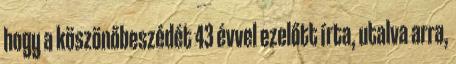
hogy a köszönőbeszédét 43 évvel ezelőtt írta, utalva arra,